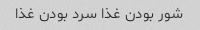
شور بودن غذا سرد بودن غذا